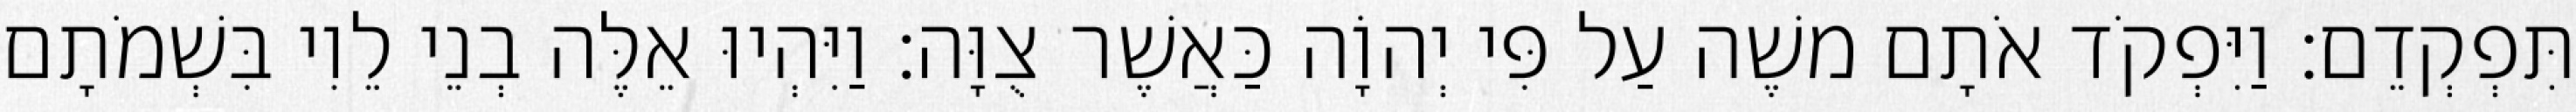
תִּפְקְדֵם׃ וַיִּפְקֹד אֹתָם משֶׁה עַל פִּי יְהוָֹה כַּאֲשֶׁר צֻוָּה׃ וַיִּהְיוּ אֵלֶּה בְנֵי לֵוִי בִּשְׁמֹתָם